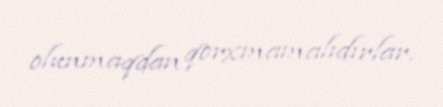
olunmaqdan qorxmamalıdırlar.